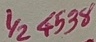
Text: 1/2 4538